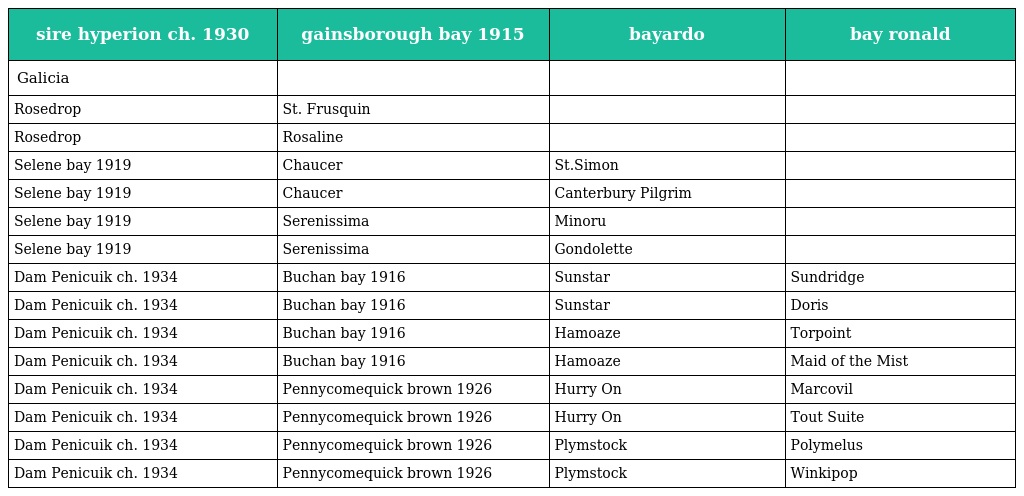
| sire hyperion ch. 1930 | gainsborough bay 1915 | bayardo | bay ronald |
 | --- | --- | --- | --- |
 | Galicia |  |  |  |
 | Rosedrop | St. Frusquin |  |  |
 | Rosedrop | Rosaline |  |  |
 | Selene bay 1919 | Chaucer | St.Simon |  |
 | Selene bay 1919 | Chaucer | Canterbury Pilgrim |  |
 | Selene bay 1919 | Serenissima | Minoru |  |
 | Selene bay 1919 | Serenissima | Gondolette |  |
 | Dam Penicuik ch. 1934 | Buchan bay 1916 | Sunstar | Sundridge |
 | Dam Penicuik ch. 1934 | Buchan bay 1916 | Sunstar | Doris |
 | Dam Penicuik ch. 1934 | Buchan bay 1916 | Hamoaze | Torpoint |
 | Dam Penicuik ch. 1934 | Buchan bay 1916 | Hamoaze | Maid of the Mist |
 | Dam Penicuik ch. 1934 | Pennycomequick brown 1926 | Hurry On | Marcovil |
 | Dam Penicuik ch. 1934 | Pennycomequick brown 1926 | Hurry On | Tout Suite |
 | Dam Penicuik ch. 1934 | Pennycomequick brown 1926 | Plymstock | Polymelus |
 | Dam Penicuik ch. 1934 | Pennycomequick brown 1926 | Plymstock | Winkipop |